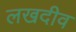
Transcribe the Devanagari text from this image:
लखदीव